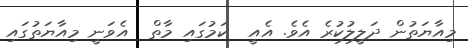
މިއާޔަތުން ދަލީލުކުރެ އެވެ. އެއީ  ކަމުގައި މާތް  އެވަނީ މިއާޔަތުގައި